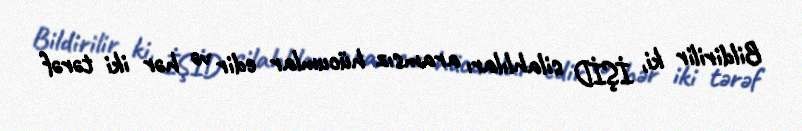
Bildirilir ki, İŞİD silahlıları aramsız hücumlar edir və hər iki tərəf